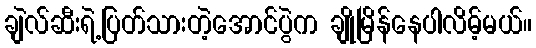
ချဲလ်ဆီးရဲ့ပြတ်သားတဲ့အောင်ပွဲက ချိုမြိန်နေပါလိမ့်မယ်။